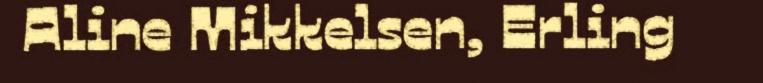
Aline Mikkelsen, Erling